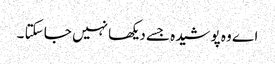
اے وہ پوشیدہ جسے دیکھا نہیں جا سکتا ۔